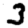
Digit: 3